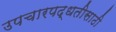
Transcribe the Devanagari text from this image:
उपचारपद्धतीसाठी